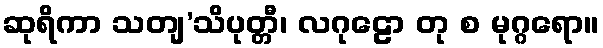
ဆုရိကာ သတျ’သိပုတ္တီ၊ လဂုဠော တု စ မုဂ္ဂရော။